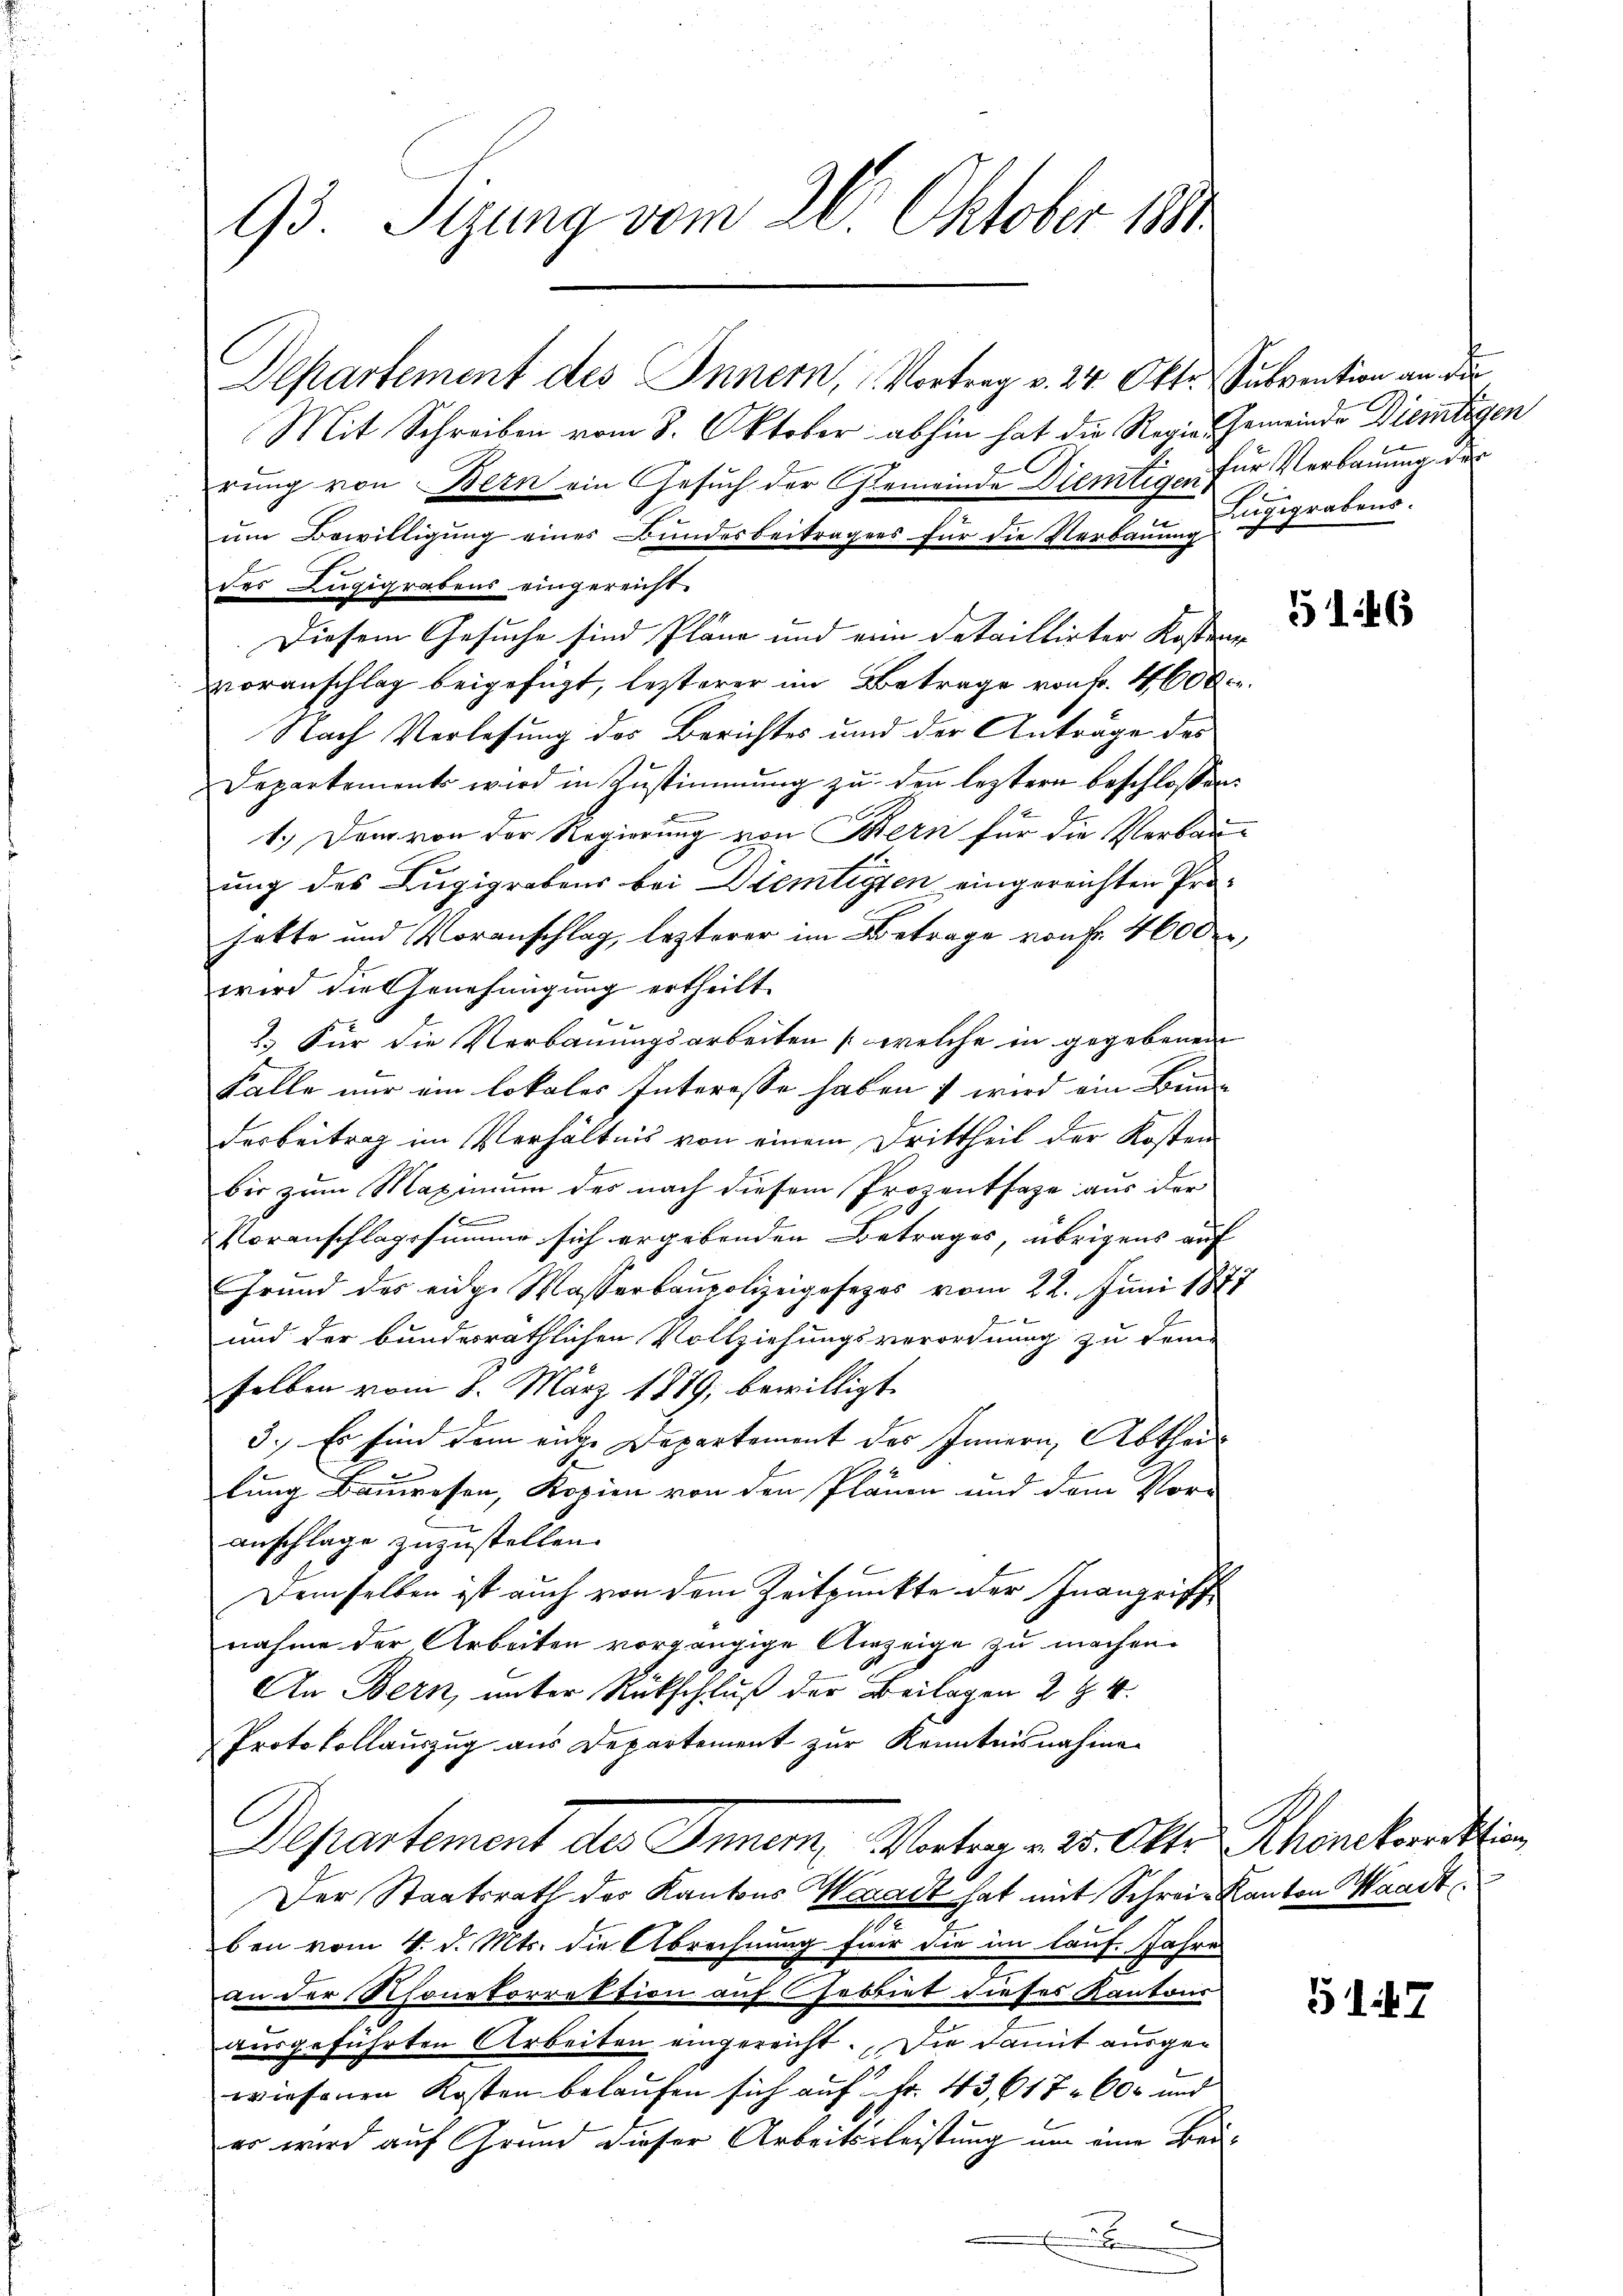
93. Sizung vom 26. Oktober 1890

Departement des Innern, Vortrag v. 24. Okt. Subvention an die
Mit Schreiben vom 8. Oktober abhin hat die Regier-Gemeinde Diemitigen
rung von Bern ein Gesuch der Gemeinde Diemtigen für Verbauung der
um Bewilligung eines Bundesbeitragens für die Verbauung
des Lugigrabens eingereicht.
Diesem Gesuche sind Pläne und eine detaillirter Koster
voranschlag beigefügt, letzterer im Betrage von Fr. 4600.
Nach Verlassung des Berichtes und der Anträge des
Departements wird in Zustimmung zu den leztern beschlossen:
1.) Dem von der Regierung von Bern für die Verbauung des Lugigrabens bei Diemtigten eingereichten Prohatte und Voranschlag, lezterer im Betrage von Fr. 4600
wird die Genehmigung ertheilt.
2.) Für die Verbauungsarbeiten (welche in gegebenen
Falle nur ein lokales Interesse haben s wird ein Bun-
derbeitrag im Verhältnis von einem Drittheil der Kosten
bis zum Maximum des nach diesem Prozentsage aus der
f
Voranschlagssumme sich ergebenden Betrages, übrigens auf
Grund des eidge Wasserbaupolizeigesezes vom 22. Juni 1877
und der bundesräthlichen Vollziehungsverordnung zu dem
selben vom 8. März 1879, bewilligt.
3. Es sind dem einge Departement des Innern, Abtheil
lung Bauwesen, Kopien von den Plänen und dem Vor-
anschlage zuzustellen.
Demselben ist auch von dem Zeitpunkte der Inangriff
nahme der Arbeiten vorgängige Anzeige zu machen.
An Bern, unter Rückschluß der Beilagen 2 Z. 4.
Protokollauszug aus Departement zur Kenntnisnahme
Departement des Inner, Vorten - 25. Oktr. Rhonkorrektion
Der Staatsrath des Kantons Wegart hat mit Schreie Kanton Waadt,
ben vom 4. d. Mts. die Abrechnung für die im Lauf. Jahre
an der Rhonetorrektion auf Gebiet dieses Kantons
ausgeführten Arbeiten eingereicht. Die damit ausgewiesenen Kosten belaufen sich auf Fr. 43, 617 600 und
er wird auf Grund dieser Arbeitsleistung um eine Bei¬
E

Lugigrabens.

5146

517